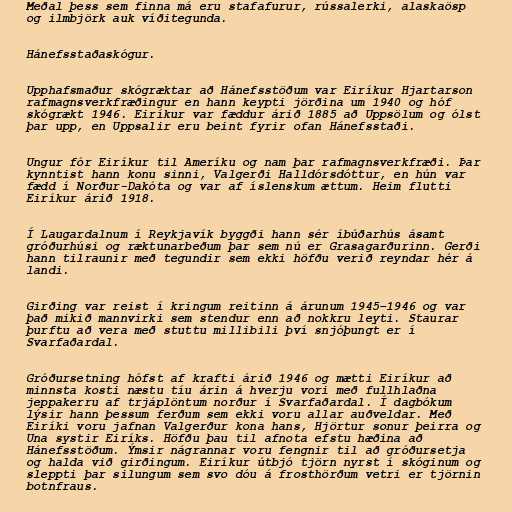
Meðal þess sem finna má eru stafafurur, rússalerki, alaskaösp
og ilmbjörk auk víðitegunda.

Hánefsstaðaskógur.

Upphafsmaður skógræktar að Hánefsstöðum var Eiríkur Hjartarson
rafmagnsverkfræðingur en hann keypti jörðina um 1940 og hóf
skógrækt 1946. Eiríkur var fæddur árið 1885 að Uppsölum og ólst
þar upp, en Uppsalir eru beint fyrir ofan Hánefsstaði.

Ungur fór Eiríkur til Ameríku og nam þar rafmagnsverkfræði. Þar
kynntist hann konu sinni, Valgerði Halldórsdóttur, en hún var
fædd í Norður-Dakóta og var af íslenskum ættum. Heim flutti
Eiríkur árið 1918.

Í Laugardalnum í Reykjavík byggði hann sér íbúðarhús ásamt
gróðurhúsi og ræktunarbeðum þar sem nú er Grasagarðurinn. Gerði
hann tilraunir með tegundir sem ekki höfðu verið reyndar hér á
landi.

Girðing var reist í kringum reitinn á árunum 1945–1946 og var
það mikið mannvirki sem stendur enn að nokkru leyti. Staurar
þurftu að vera með stuttu millibili því snjóþungt er í
Svarfaðardal.

Gróðursetning hófst af krafti árið 1946 og mætti Eiríkur að
minnsta kosti næstu tíu árin á hverju vori með fullhlaðna
jeppakerru af trjáplöntum norður í Svarfaðardal. Í dagbókum
lýsir hann þessum ferðum sem ekki voru allar auðveldar. Með
Eiríki voru jafnan Valgerður kona hans, Hjörtur sonur þeirra og
Una systir Eiríks. Höfðu þau til afnota efstu hæðina að
Hánefsstöðum. Ýmsir nágrannar voru fengnir til að gróðursetja
og halda við girðingum. Eiríkur útbjó tjörn nyrst í skóginum og
sleppti þar silungum sem svo dóu á frosthörðum vetri er tjörnin
botnfraus.